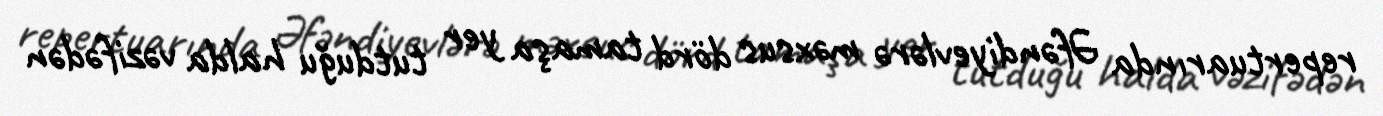
repertuarında Əfəndiyevlərə məxsus dörd tamaşa yer tutduğu halda vəzifədən